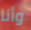
وأنا